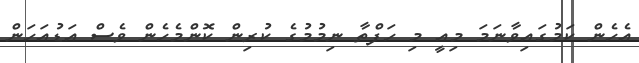
އެހެން ކަމުގައިވާނަމަ މިއީ މި ހަފްތާ ނިމުމުގެ ކުރިން ކޮންމެހެން ވެސް އަޑުއަހަން